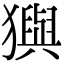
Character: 㺞